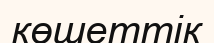
көшеттік